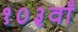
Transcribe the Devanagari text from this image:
१०३वाँ